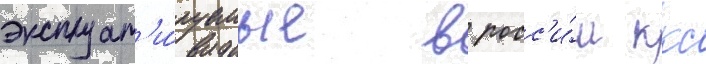
эксплуат'и́руемые в росс'и́и ккс